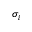
\sigma _ { i }